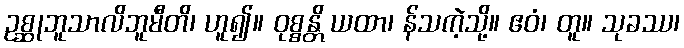
ဥစ္ဆုဘူသာလိဘူမီတိ၊ ဟူ၍။ ဝုစ္စန္တိ ယထာ၊ န်သကဲ့သို့။ ဧဝံ၊ တူ။ သုခဿ၊